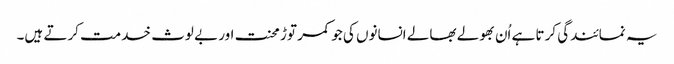
یہ نمائندگی کرتا ہے اُن بھولے بھالے انسانوں کی جو کمر توڑ محنت اور بے لوث خدمت کرتے ہیں۔